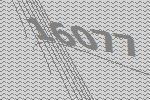
16077